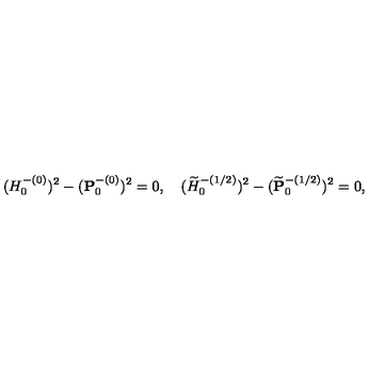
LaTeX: ( H _ { 0 } ^ { - ( 0 ) } ) ^ { 2 } - ( { \bf P } _ { 0 } ^ { - ( 0 ) } ) ^ { 2 } = 0 , \quad ( \widetilde { H } _ { 0 } ^ { - ( 1 / 2 ) } ) ^ { 2 } - ( \widetilde { \bf P } _ { 0 } ^ { - ( 1 / 2 ) } ) ^ { 2 } = 0 ,